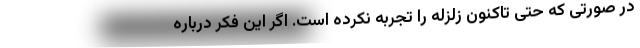
در صورتی که حتی تاکنون زلزله را تجربه نکرده است. اگر این فکر درباره